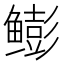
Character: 𫚩